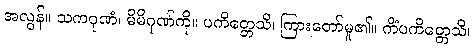
အလွန်။ သကဂုဏံ၊ မိမိဂုဏ်ကို။ ပကိတ္တေသိ၊ ကြားတော်မူ၏။ ကိံပကိတ္တေသိ၊